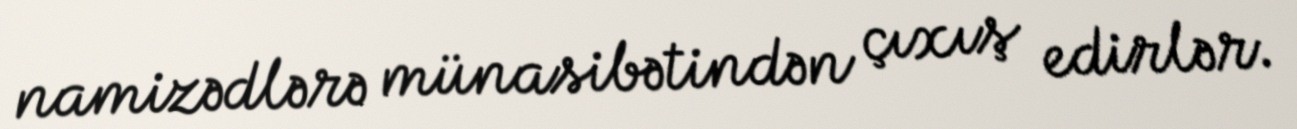
namizədlərə münasibətindən çıxış edirlər.